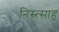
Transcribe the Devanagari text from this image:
निस्र्त्साह